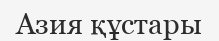
Азия құстары